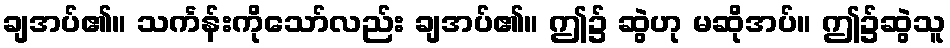
ချအပ်၏။ သင်္ကန်းကိုသော်လည်း ချအပ်၏။ ဤ၌ ဆွဲဟု မဆိုအပ်။ ဤ၌ဆွဲသူ